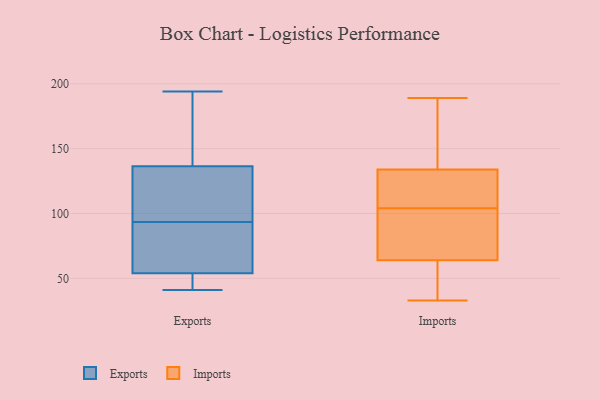
{"axis": {"x": "Gross Profit (USD K)", "y": "Value"}, "legend": ["Exports", "Imports"], "data": [{"x": "", "y": 109, "type": "Exports"}, {"x": "", "y": 80, "type": "Exports"}, {"x": "", "y": 100, "type": "Exports"}, {"x": "", "y": 41, "type": "Exports"}, {"x": "", "y": 97, "type": "Exports"}, {"x": "", "y": 52, "type": "Exports"}, {"x": "", "y": 45, "type": "Exports"}, {"x": "", "y": 147, "type": "Exports"}, {"x": "", "y": 194, "type": "Exports"}, {"x": "", "y": 72, "type": "Exports"}, {"x": "", "y": 56, "type": "Exports"}, {"x": "", "y": 43, "type": "Exports"}, {"x": "", "y": 90, "type": "Exports"}, {"x": "", "y": 147, "type": "Exports"}, {"x": "", "y": 188, "type": "Exports"}, {"x": "", "y": 126, "type": "Exports"}, {"x": "", "y": 140, "type": "Imports"}, {"x": "", "y": 132, "type": "Imports"}, {"x": "", "y": 75, "type": "Imports"}, {"x": "", "y": 58, "type": "Imports"}, {"x": "", "y": 55, "type": "Imports"}, {"x": "", "y": 66, "type": "Imports"}, {"x": "", "y": 160, "type": "Imports"}, {"x": "", "y": 104, "type": "Imports"}, {"x": "", "y": 189, "type": "Imports"}, {"x": "", "y": 122, "type": "Imports"}, {"x": "", "y": 93, "type": "Imports"}, {"x": "", "y": 161, "type": "Imports"}, {"x": "", "y": 115, "type": "Imports"}, {"x": "", "y": 33, "type": "Imports"}, {"x": "", "y": 50, "type": "Imports"}, {"x": "", "y": 131, "type": "Imports"}, {"x": "", "y": 69, "type": "Imports"}]}